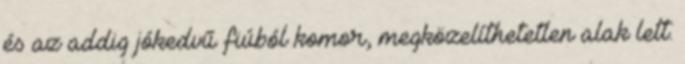
és az addig jókedvű fiúból komor, megközelíthetetlen alak lett.